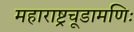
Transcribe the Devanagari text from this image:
महाराष्ट्रचूडामणिः